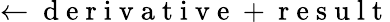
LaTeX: \leftarrow\mathrm{~d~e~r~i~v~a~t~i~v~e~}+\mathrm{~r~e~s~u~l~t~}